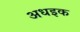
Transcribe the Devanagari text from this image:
अधइक